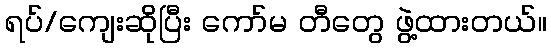
ရပ်/ကျေးဆိုပြီး ကော်မ တီတွေ ဖွဲ့ထားတယ်။